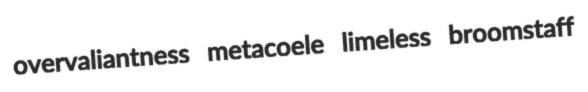
overvaliantness metacoele limeless broomstaff